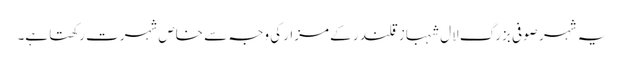
یہ شہر صوفی بزرگ لال شہباز قلندر کے مزارکی وجہ سے خاص شہرت رکھتا ہے۔